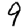
Digit: 9